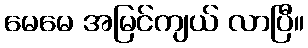
မေမေ အမြင်ကျယ် လာပြီ။